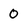
Character: 0